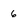
Character: 6